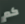
كم